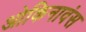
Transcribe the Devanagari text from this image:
ओकिनावंस